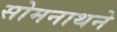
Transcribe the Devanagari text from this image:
सोमनाथने